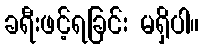
ခရီးဖင့်ရခြင်း မရှိပါ။